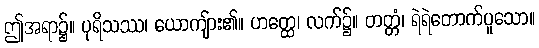
ဤအရာ၌။ ပုရိသဿ၊ ယောကျ်ား၏။ ဟတ္ထေ၊ လက်၌။ တတ္တံ၊ ရဲရဲတောက်ပူသော။